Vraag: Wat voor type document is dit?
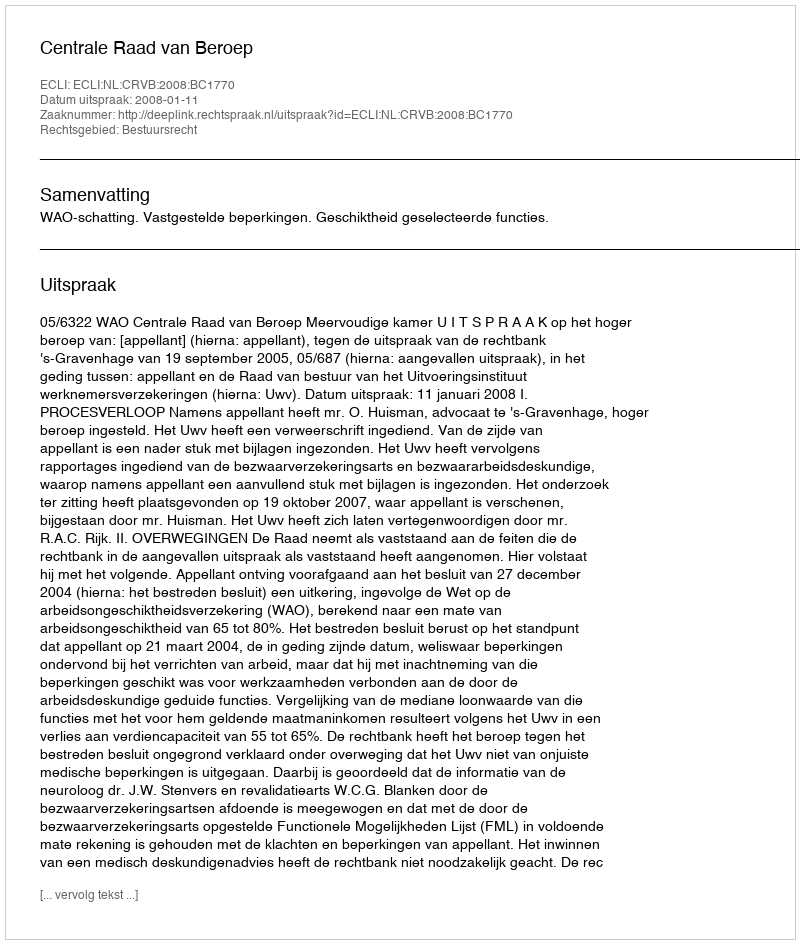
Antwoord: Uitspraak